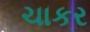
ચાકર